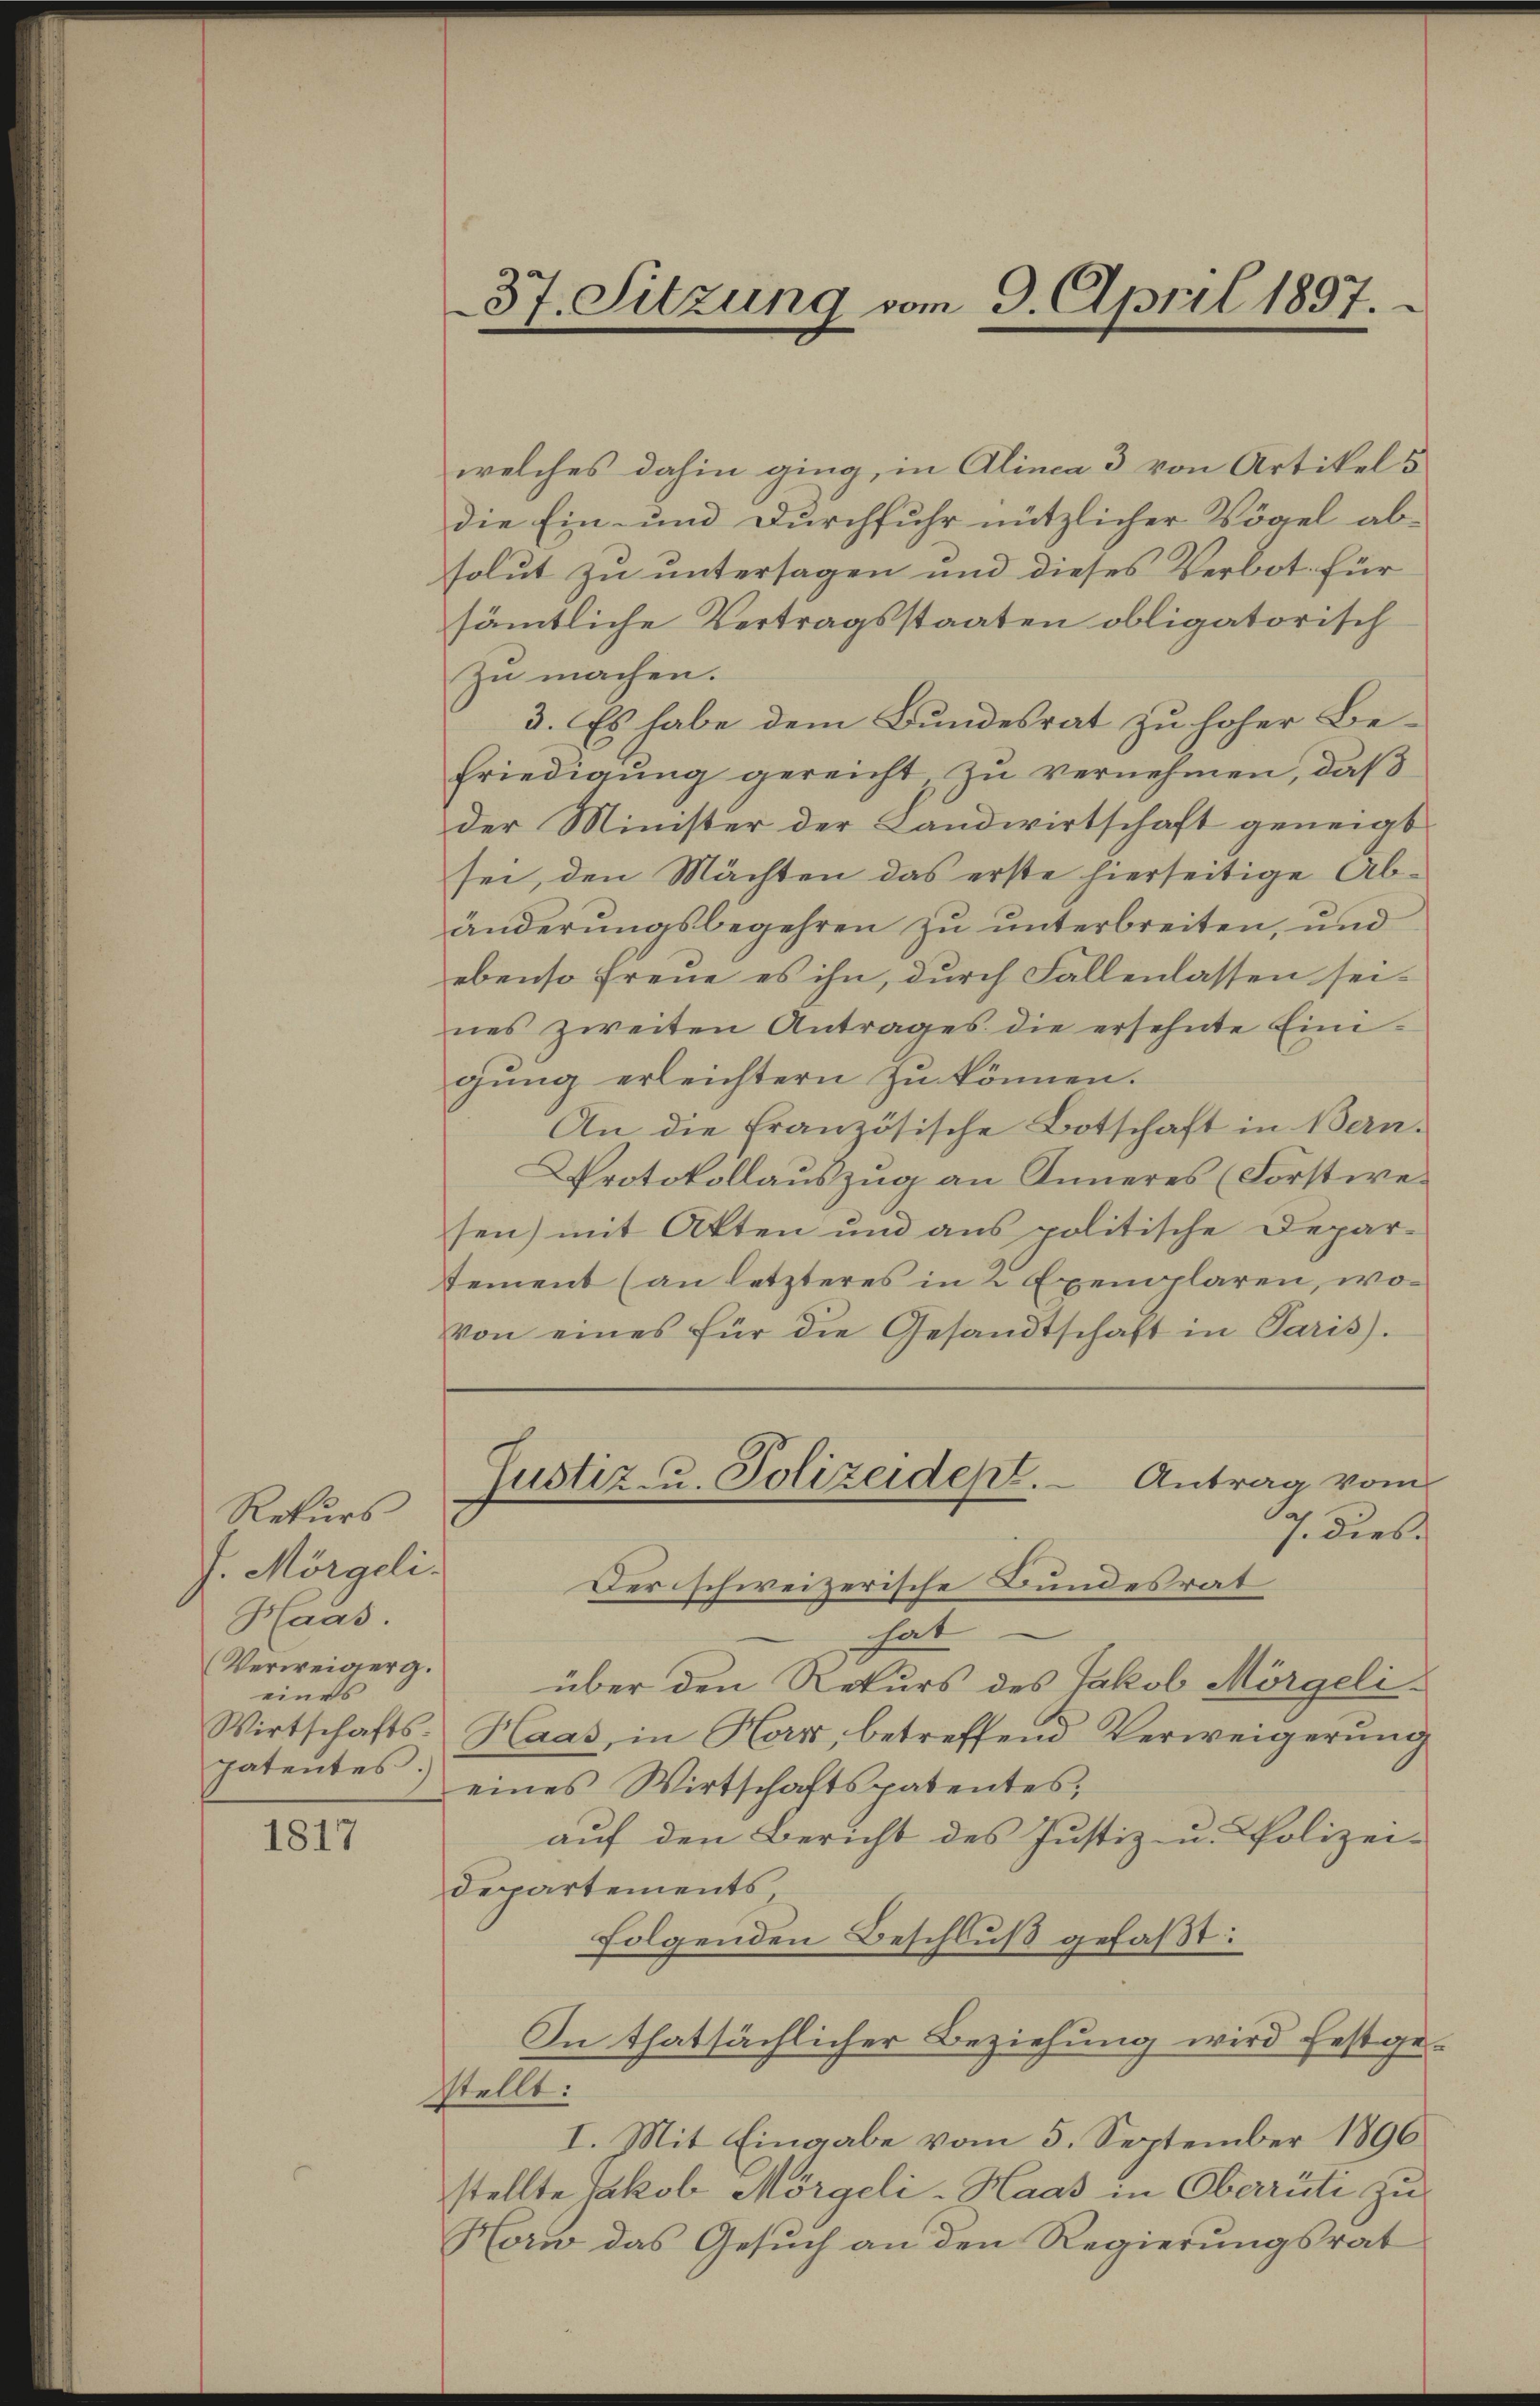
Rekurs¬
J. Morgeli.
Haas.
Verweigerg.
eines
Wirtschaftspatentes

1817

37. Sitzung vom 9. April 1897.

welches dahin ging, in Alinca 3 von Artikels
die Ein- und Durchfuhr nützlicher Vögel ab-
solut zu untersagen und dieses Verbot für
sämtliche Vertragsstaaten obligatorisch
zu machen.
3. Es habe dem Bundesrat zu hoher Befriedigung gereicht, zu vernehmen, daß
der Minister der Landwirtschaft geneigt
sei, den Mächten das erste hierseitige Abänderungsbegehren zu unterbreiten, und
ebenso freue es ihn, durch Fallenlassen seines zweiten Antrages die ersehnte Einigung erleichtern zu können.
An die Französische Botschaft in Bern.
Protokollauszug an Inneres (Forstwesen) mit Akten und aus politische Departement (an letzteres in 2 Exemplaren, wovon eines für die Gesandtschaft in Paris).
Justiz- u. Polizeidept. Antrag vom
17. dies.
Der schweizerische Bundesrat
hat
über den Rekurs des Jakob Morgeli¬
Haas, in Herz, betreffend Verweigerung
eines Wirtschaftspatentes,
auf den Bericht des Justiz- u. Polizei-
Departements
folgenden Beschluß gefaßt:
In thatsächlicher Beziehung wird festge-
stellt:
I. Mit Eingabe vom 5. September 1896
stellte Jakob Morgeli-Haas in Oberrüti zu
Horn das Gesŭch an den Regierungsrat